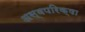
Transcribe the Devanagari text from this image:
अस्वपरिक्षा